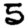
Digit: 5